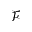
\mathcal { F }